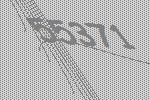
55371